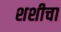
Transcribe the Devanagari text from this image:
शशीचा